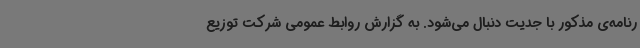
رنامه‌ی مذکور با جدیت دنبال می‌شود. به گزارش روابط عمومی شرکت توزیع